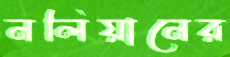
নলিয়ানের